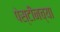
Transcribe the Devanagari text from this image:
पेस्टीनच्या